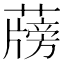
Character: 𦾭